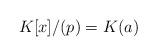
LaTeX: \begin{align*}K[x]/(p)=K(a)\end{align*}